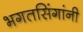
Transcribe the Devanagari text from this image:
भगतसिंगांनी